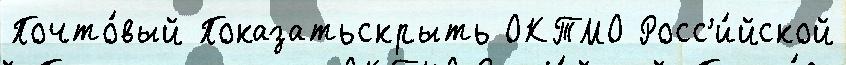
Почто́вый Показатьскрыть ОКТМО Росс'и́йской